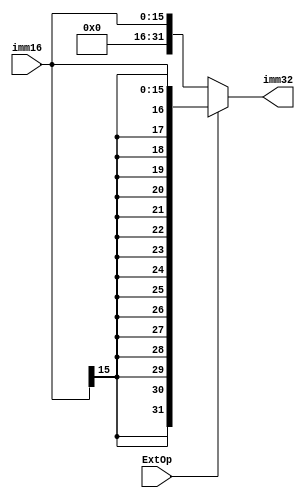
module Extender(
    input wire [15:0] imm16,
    input wire ExtOp,
    output wire [31:0] imm32
);

    // Perform sign-extension if ExtOp is high, zero-extension if ExtOp is low
    assign imm32 = ExtOp ? {{16{imm16[15]}}, imm16} : {16'd0, imm16};

endmodule
`timescale 1ns / 1ps

module Extender_tb;

reg [15:0] imm16;
reg ExtOp;
wire [31:0] imm32;

// Instantiate the Extender
Extender uut (
    .imm16(imm16),
    .ExtOp(ExtOp),
    .imm32(imm32)
);

initial begin
    // Initialize Inputs
    imm16 = 16'h0000;
    ExtOp = 0;

    // Wait 100 ns for global reset to finish
    #100;

    // Add stimulus here

    // Test case 1: Zero extension
    imm16 = 16'h7FFF; // Largest positive 16-bit number
    ExtOp = 0; // Zero extension
    #10;

    // Check the result
    if (imm32 !== 32'h00007FFF) $display("Test Case 1 Failed");

    // Test case 2: Sign extension with a positive number
    imm16 = 16'h7FFF; // Largest positive 16-bit number
    ExtOp = 1; // Sign extension
    #10;

    // Check the result
    if (imm32 !== 32'h00007FFF) $display("Test Case 2 Failed");

    // Test case 3: Sign extension with a negative number
    imm16 = 16'h8000; // Largest negative 16-bit number in 2's complement
    ExtOp = 1; // Sign extension
    #10;

    // Check the result
    if (imm32 !== 32'hFFFF8000) $display("Test Case 3 Failed");

    // Finish the simulation
    $finish;
end

endmodule